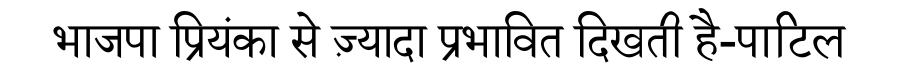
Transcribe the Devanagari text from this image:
भाजपा प्रियंका से ज़्यादा प्रभावित दिखती है-पाटिल